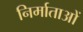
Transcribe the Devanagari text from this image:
निर्माताआें